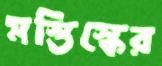
মস্তিস্কের